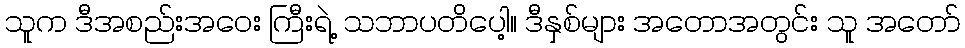
သူက ဒီအစည်းအဝေး ကြီးရဲ့ သဘာပတိပေါ့။ ဒီနှစ်များ အတောအတွင်း သူ အတော်